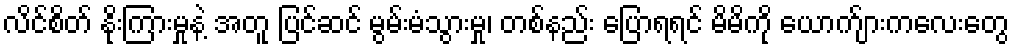
လိင်စိတ် နိုးကြားမှုနဲ့ အတူ ပြင်ဆင် မွမ်းမံသွားမှု၊ တစ်နည်း ပြောရရင် မိမိကို ယောက်ျားကလေးတွေ